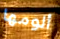
ألومها